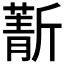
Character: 𣃄